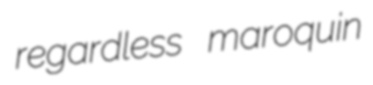
regardless maroquin